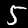
Digit: 5